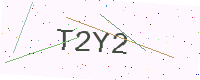
Text: T2Y2